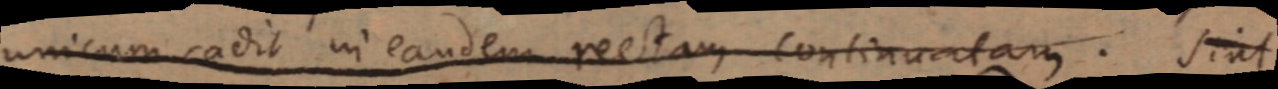
unicum cadit in eandem rectam continuatam. Sint